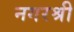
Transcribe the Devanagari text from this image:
नगरश्री